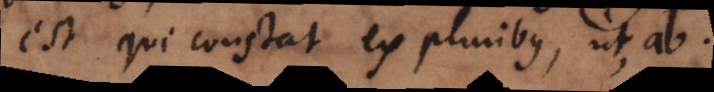
est qui constat ex pluribus, ut ab.